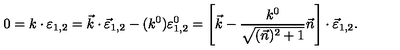
0 = k \cdot \varepsilon _ { 1 , 2 } = \vec { k } \cdot \vec { \varepsilon } _ { 1 , 2 } - ( k ^ { 0 } ) \varepsilon _ { 1 , 2 } ^ { 0 } = \left[ \vec { k } - \frac { k ^ { 0 } } { \sqrt { ( \vec { n } ) ^ { 2 } + 1 } } \vec { n } \right] \cdot \vec { \varepsilon } _ { 1 , 2 } .